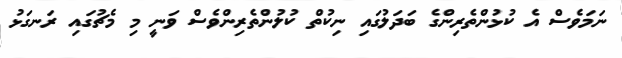
ނަމަވެސް އެ ކުޅުންތެރިންގެ ބަދަލުގައި ނިކުތް ކުލުންތެރިންވެސް ވަނީ މި މެޗުގައި ރަނގަޅު